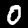
Label: 0